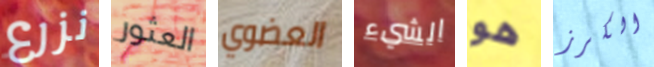
نزرع العثور العضوي الشيء هو الكرز